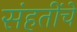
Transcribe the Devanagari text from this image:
संहतींचे